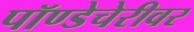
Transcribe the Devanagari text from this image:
पॉण्डेचेरीवर